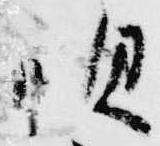
唄